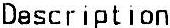
DESCRIPTION